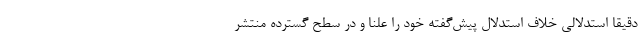
دقیقا استدلالی خلاف استدلال پیش‌گفته خود را علنا و در سطح گسترده منتشر